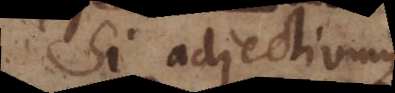
Si adjectivum